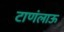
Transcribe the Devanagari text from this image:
टाणंलाऊ